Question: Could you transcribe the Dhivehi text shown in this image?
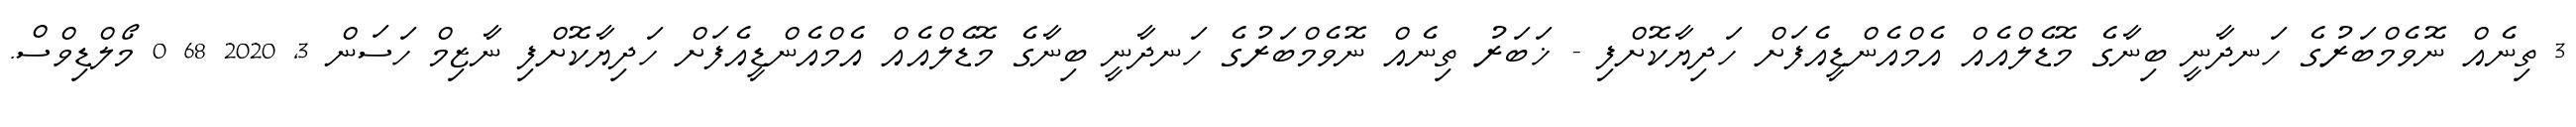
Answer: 3 ތިނެއް ނޮވެމްބަރުގެ ހަނދާނީ ބިނާގެ މޮޑެލްއެއް އެމްއެންޑީއެފަށް ހަދިޔާކޮށްފި - ޚަބަރު ތިނެއް ނޮވެމްބަރުގެ ހަނދާނީ ބިނާގެ މޮޑެލްއެއް އެމްއެންޑީއެފަށް ހަދިޔާކޮށްފި ނާޒިމް ހަސަން 3, 2020 68 0 މޯލްޑިވްސް.